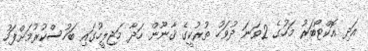
އަދި އޮކްޓޯބަރު މަހުގެ 2ވަނަ ދުވަހު ތުރުކީގެ ޤާނޫން ހަދާ މަޖިލީހުގައި ބަހުސްކުރުމަށްފަހު